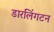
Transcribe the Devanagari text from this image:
डारलिंगटन